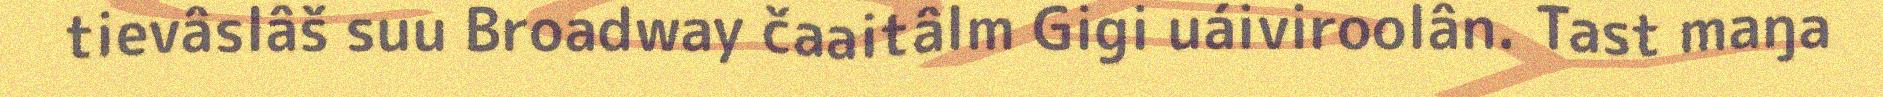
tievâslâš suu Broadway čaaitâlm Gigi uáiviroolân. Tast maŋa